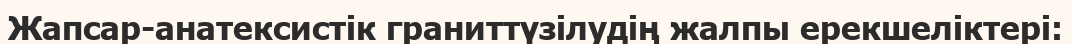
Жапсар-анатексистік граниттүзілудің жалпы ерекшеліктері: